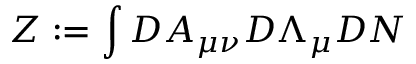
Z : = \int { \cal D } A _ { \mu \nu } { \cal D } \Lambda _ { \mu } { \cal D } N